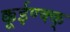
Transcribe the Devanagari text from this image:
क्कूईण्क्क्